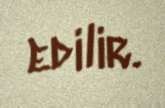
edilir.